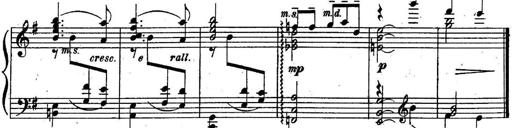
Title: Sonatine
Composer: Adrian Shaposhnikov
Key: E minor